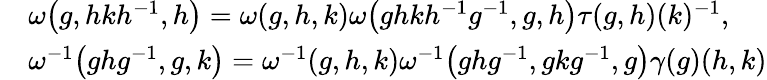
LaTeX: \begin{array}{rl}&{\omega\big(g,hkh^{-1},h\big)=\omega(g,h,k)\omega\big(ghkh^{-1}g^{-1},g,h\big)\tau(g,h)(k)^{-1},}\\ &{\omega^{-1}\big(ghg^{-1},g,k\big)=\omega^{-1}(g,h,k)\omega^{-1}\big(ghg^{-1},gkg^{-1},g\big)\gamma(g)(h,k)}\end{array}